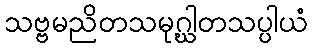
သဗ္ဗမညိတသမုဂ္ဃါတသပ္ပါယံ